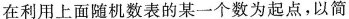
在利用上面随机数表的某一个数为起点，以简